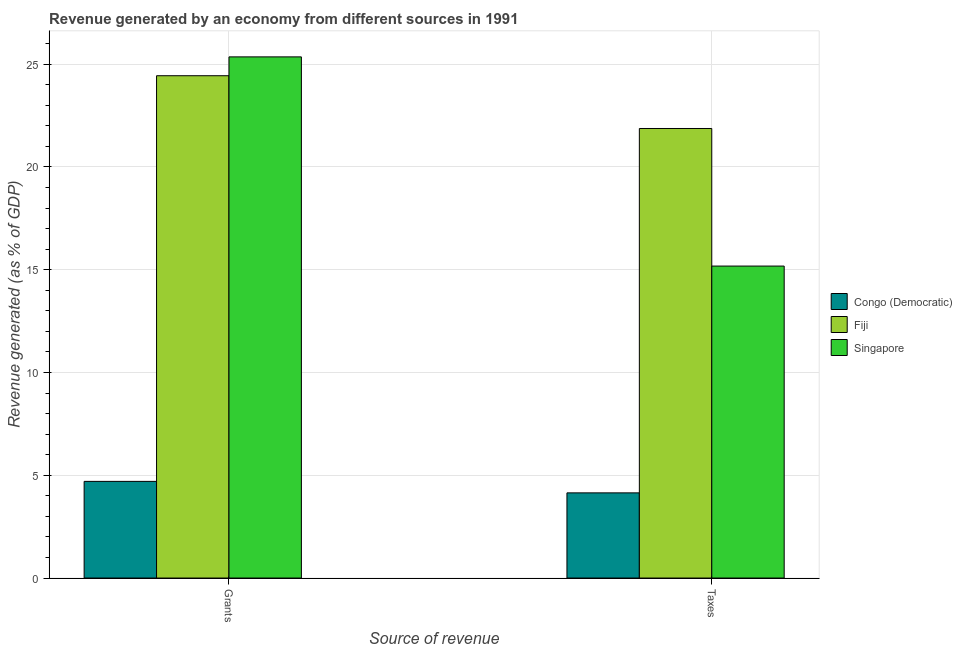
| Source of revenue | Congo (Democratic) | Fiji | Singapore |
 | --- | --- | --- | --- |
 | Grants | 4.7 | 24.4 | 25.4 |
 | Taxes | 4.14 | 21.9 | 15.2 |